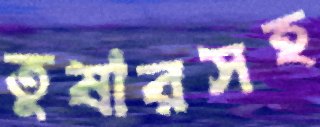
তুষারসহ